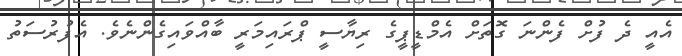
އެއީ ދެ ފުށް ފެންނަ ގޮތަށް އެމްޑީޕީގެ ރިޔާސީ ޕްރައިމަރީ ބާއްވައިގެންނެވެ. އެފުރުސަތު